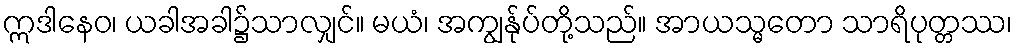
ဣဒါနေဝ၊ ယခါအခါ၌သာလျှင်။ မယံ၊ အကျွန်ုပ်တို့သည်။ အာယသ္မတော သာရိပုတ္တဿ၊